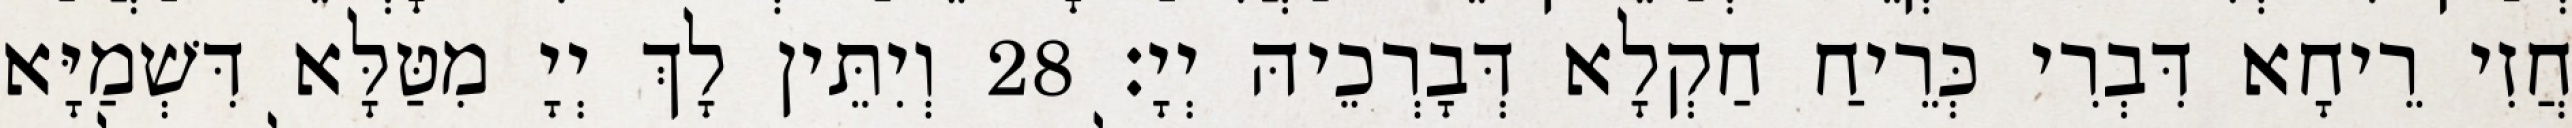
חֲזִי רֵיחָא דִּבְרִי כְּרֵיחַ חַקְלָא דְּבָרְכֵיהּ יְיָ׃ 28 וְיִתֵּין לָךְ יְיָ מִטַּלָּא דִּשְׁמַיָּא